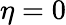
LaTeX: \eta=0